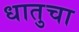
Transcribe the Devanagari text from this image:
धातुचा